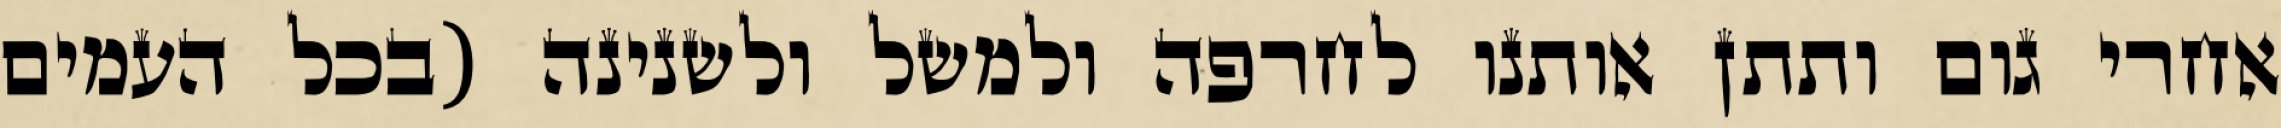
אחרי גום ותתן אותנו לחרפה ולמשל ולשנינה (בכל העמים